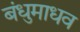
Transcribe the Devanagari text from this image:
बंधुमाधव